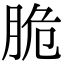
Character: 脆